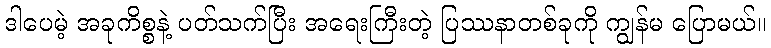
ဒါပေမဲ့ အခုကိစ္စနဲ့ ပတ်သက်ပြီး အရေးကြီးတဲ့ ပြဿနာတစ်ခုကို ကျွန်မ ပြောမယ်။